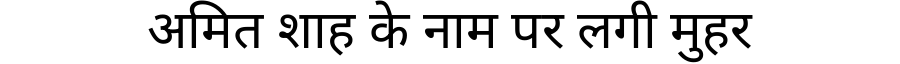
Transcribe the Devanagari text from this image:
अमित शाह के नाम पर लगी मुहर